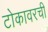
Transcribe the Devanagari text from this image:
टोकावरची